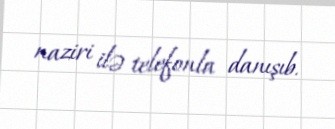
naziri ilə telefonla danışıb.